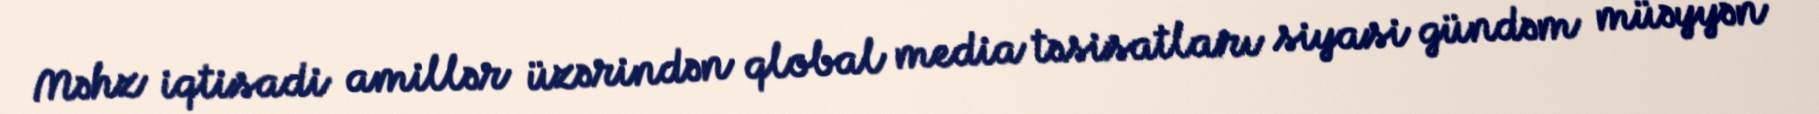
Məhz iqtisadi amillər üzərindən qlobal media təsisatları siyasi gündəm müəyyən